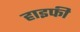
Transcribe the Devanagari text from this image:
हाइफी